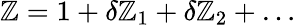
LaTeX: \mathbb{Z}=1+\delta\mathbb{Z}_{1}+\delta\mathbb{Z}_{2}+\ldots